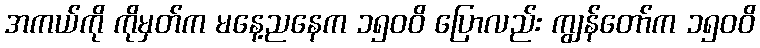
အကယ်ကို ကိုမှတ်က မနေ့ညနေက ၁၅၀၀ိ ပြောလည်း ကျွန်တော်က ၁၅၀၀ိ